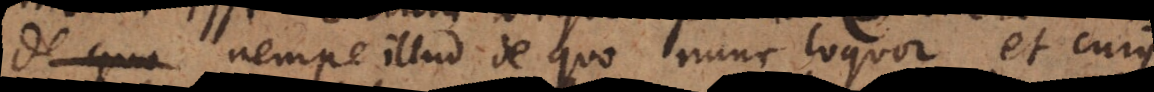
nempe illud de quo nunc loquor et cujus